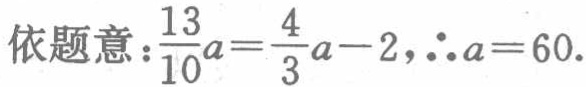
依题意：\(\frac{13}{10}a=\frac{4}{3}a - 2\)，\(\therefore a = 60\)